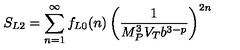
S _ { L 2 } = \sum _ { n = 1 } ^ { \infty } f _ { L 0 } ( n ) \left( { \frac { 1 } { M _ { P } ^ { 3 } V _ { T } b ^ { 3 - p } } } \right) ^ { 2 n }